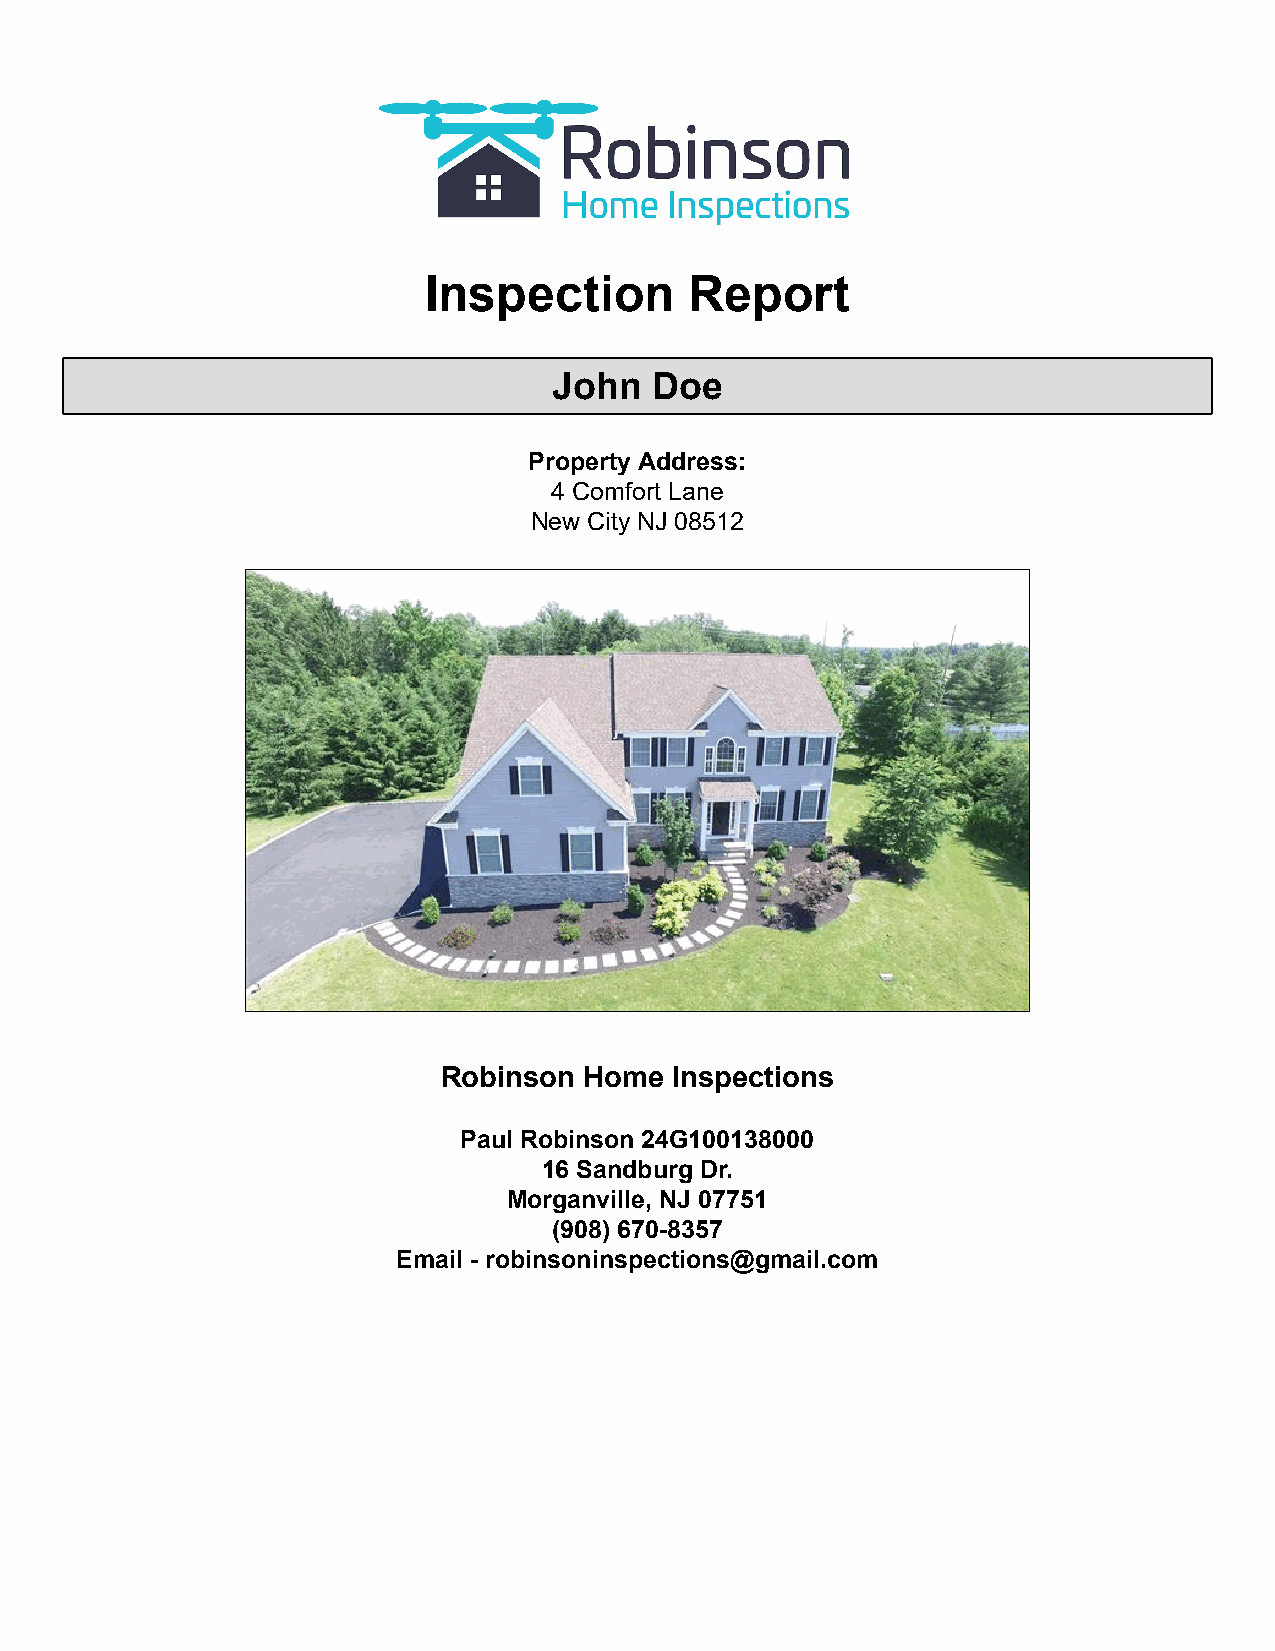
Inspection        Report
 John  Doe
 Property Address:
 4 Comfort Lane
 New City NJ 08512
 Robinson  Home Inspections
 Paul Robinson 24G100138000
 16 Sandburg Dr.
 Morganville, NJ 07751
 (908) 670-8357
 Email - robinsoninspections@gmail.com